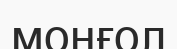
моңғол